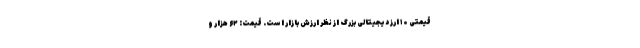
قیمتی ۱۰ ارز دیجیتالی بزرگ از نظر ارزش بازار است. قیمت: ۶۲ هزار و